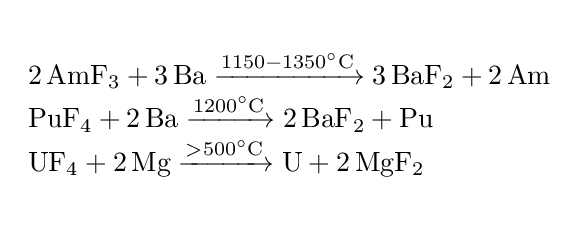
{\begin{array}{l}{}\\{2\,\mathrm {AmF} {\vphantom {A}}_{\smash[{t}]{3}}{}+{}3\,\mathrm {Ba} {}\mathrel {\xrightarrow {1150{}-{}1350{\vphantom {A}}^{\circ }\mathrm {C} } } {}3\,\mathrm {BaF} {\vphantom {A}}_{\smash[{t}]{2}}{}+{}2\,\mathrm {Am} }\\{\mathrm {PuF} {\vphantom {A}}_{\smash[{t}]{4}}{}+{}2\,\mathrm {Ba} {}\mathrel {\xrightarrow {1200{\vphantom {A}}^{\circ }\mathrm {C} } } {}2\,\mathrm {BaF} {\vphantom {A}}_{\smash[{t}]{2}}{}+{}\mathrm {Pu} }\\{\mathrm {UF} {\vphantom {A}}_{\smash[{t}]{4}}{}+{}2\,\mathrm {Mg} {}\mathrel {\xrightarrow {{}>{}500{\vphantom {A}}^{\circ }\mathrm {C} } } {}\mathrm {U} {}+{}2\,\mathrm {MgF} {\vphantom {A}}_{\smash[{t}]{2}}}\\{}\end{array}}